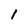
Character: I